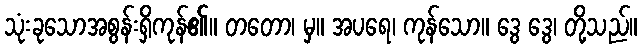
သုံးခုသောအစွန်းရှိကုန်၏။ တတော၊ မှ။ အပရေ၊ ကုန်သော။ ဒွေ ဒွေ၊ တို့သည်။